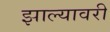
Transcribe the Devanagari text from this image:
झाल्यावरी